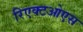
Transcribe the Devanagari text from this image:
रिएक्टओएस